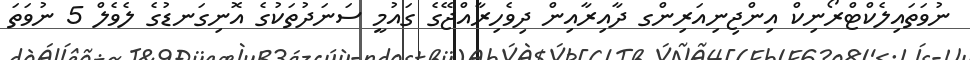
ނުވަތައިލެކްޓްރޯނިކް އިންޖިނިއަރިންގ ދާއިރާއިން ދިވެހިރާއްޖޭގެ ގައުމީ ސަނަދުތަކުގެ އޮނިގަނޑުގެ ލެވެލް 5 ނުވަތަ